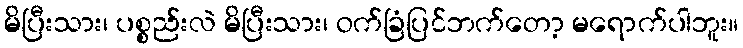
မိပြီးသား၊ ပစ္စည်းလဲ မိပြီးသား၊ ဝက်ခြံပြင်ဘက်တော့ မရောက်ပါဘူး။